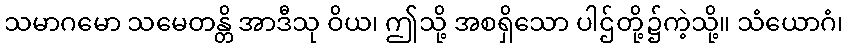
သမာဂမော သမေတန္တိ အာဒီသု ဝိယ၊ ဤသို့ အစရှိသော ပါဌ်တို့၌ကဲ့သို့။ သံယောဂံ၊